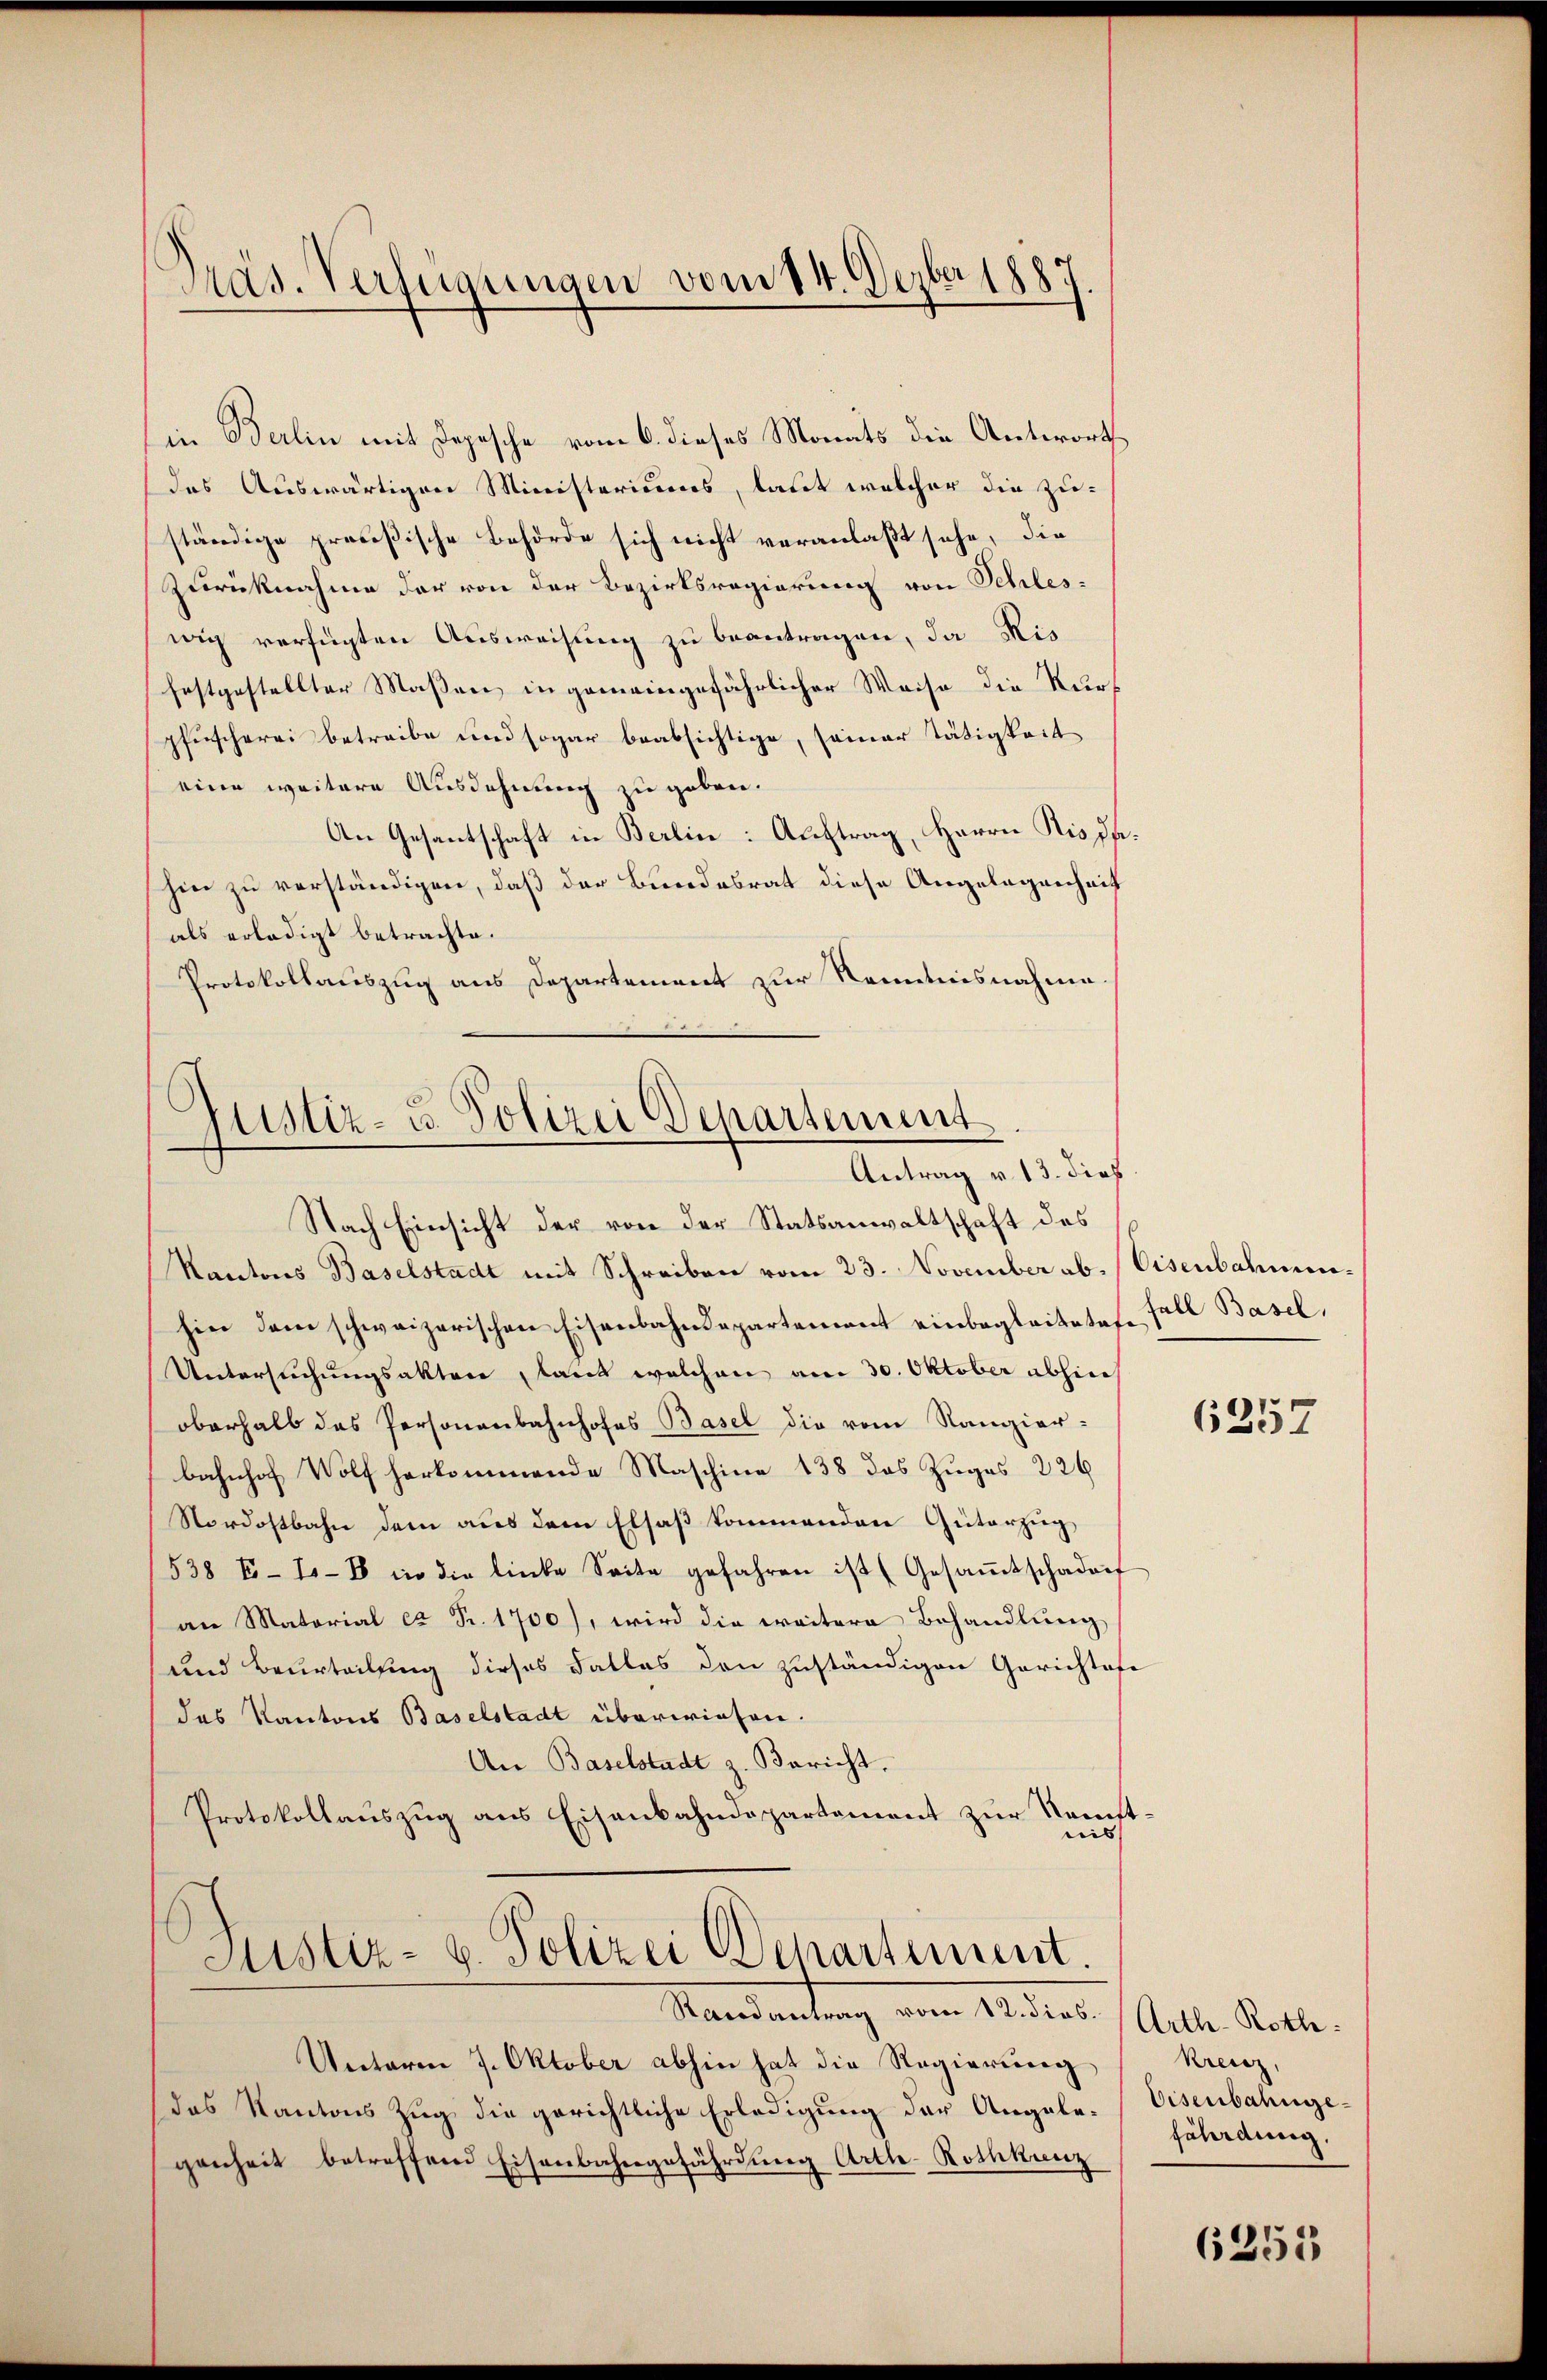
Präs. Verfügungen vom 14. Dezbaszy

in Berlin mit Depesche vom 6. dieses Monats die Antwort
das Auswärtigen Ministeriums, laut welcher die zu-
ständige preußische Behörde sich nicht veranlaßt sehe, die
Zurücknahme der von der Bezirksregierung von Schles-
wig verfügten Ausweisung zu beantragen, da Ris
festgestellter Maßen in gemeingefährlicher Weise die Nur
pfuscherei betreibe und sogar beabsichtige, seiner Tätigkeit
eine weitere Ausdehnung zu geben.
An Gesantschaft in Berlin: Auftrag, Herrn Risse.
hin zu verständigen, daß der Bundesrat diese Angelegenheit
als erledigt betrachte.
Protokollauszug aus Departement zur Kenntnisnahme.

Justiz- u. Polizei Departement
Antrag v. 13. dies

Nach Einsicht der von der Statsanwaltschaft des
Kantons Baselstadt mit Schreiben vom 23. November ab. Eisenbahnmehin dem schweizerischen Eisenbahndepartement einbegleitetes Fall Basel,
Untersuchungsakten laut welchen am 30. Oktober abhin
oberhalb das Personenbahnhofes Basel die vom Rangier-
bahnhof Wolf herkommende Maschine 138 das Zuges 226
Nordostbahn dem aus dem Elsaß kommenden Güterzug,
538 E- 1-8 in die linke Seite gefahren ist (Gesaṁtschaden
an Matorial ca Fr. 1700), wird die weitere Behandlung
und Beurteilung dieses Falles den zuständigen Gerichtafe
das Kantons Baselstadt überwiesen.
An Baselstadt z. Bericht.
Protokollauszug aus Eisenbahndepartement zur Samst
reis
Justiz- u. Polizei Departement.
Mandantrag vom 14. des Aller Kolle.
Unterm 7. Oktober abhin hat die Regierung
das Kantons Zug, die gerichtliche Erledigung der Angelegenheit betreffend Eisenbahngefährdung Artle-Rothkanz

6257

Kreisz
Eisenbahngefährdung,

6255